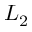
L _ { 2 }